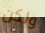
ولكن